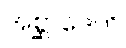
အစ္ဆာဒေတိ